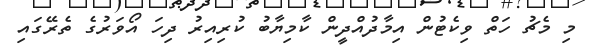
މި މެޗު ހަތް ވިކެޓުން އިމާދުއްދީން ކާމިޔާބު ކުރިއިރު ދިހަ އޯވަރުގެ ތެރޭގައި